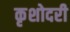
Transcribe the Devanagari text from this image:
कृशोदरी